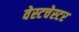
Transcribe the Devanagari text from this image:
वेस्‍टचेस्‍टर